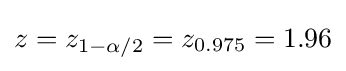
z=z_{1-\alpha /2}=z_{0.975}=1.96